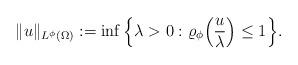
LaTeX: \begin{align*} \|u\|_{L^\phi(\Omega)} &:= \inf \Big\{ \lambda>0 : \varrho_\phi\Big( \frac{u}{\lambda} \Big) \le 1\Big\}. \end{align*}